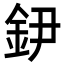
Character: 𨥠